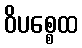
ဝိပစ္စေထ